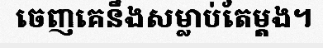
ចេញគេនឹងសម្លាប់តែម្តង។